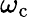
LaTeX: \omega_{\mathrm{c}}